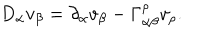
D _ { \alpha } v _ { \beta } = \partial _ { \alpha } v _ { \beta } - \Gamma _ { \alpha \beta } ^ { \rho } v _ { \rho } .